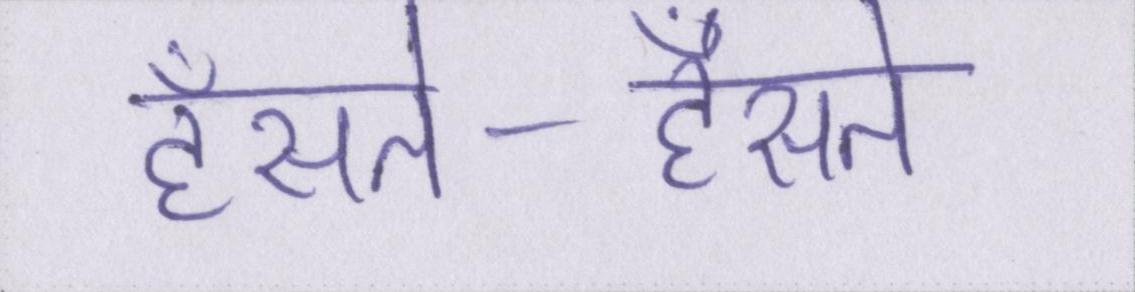
हँसते-हँसते